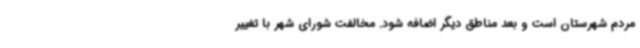
مردم شهرستان است و بعد مناطق دیگر اضافه شود. مخالفت شورای شهر با تغییر